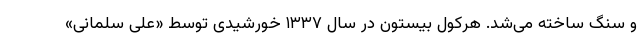
و سنگ ساخته می‌شد. هرکولِ بیستون در سال ۱۳۳۷ خورشیدی توسط «علی سلمانی»